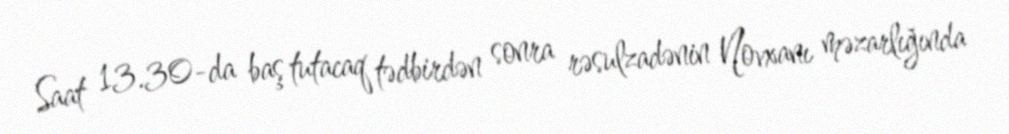
Saat 13.30-da baş tutacaq tədbirdən sonra rəsulzadənin Novxanı məzarlığında